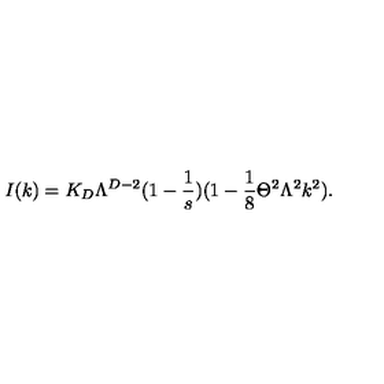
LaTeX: I ( k ) = K _ { D } \Lambda ^ { D - 2 } ( 1 - \frac { 1 } { s } ) ( 1 - \frac { 1 } { 8 } \Theta ^ { 2 } \Lambda ^ { 2 } k ^ { 2 } ) .